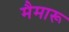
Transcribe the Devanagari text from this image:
मैमारू